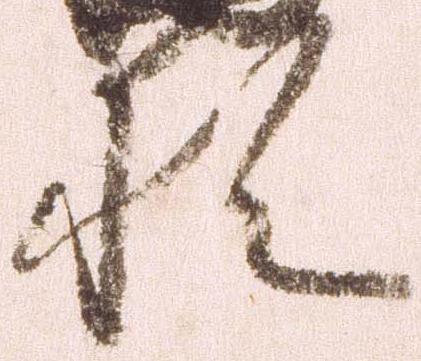
猶